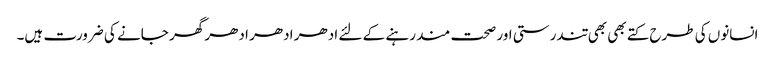
انسانوں کی طرح کتے بھی بھی تندرستی اور صحت مند رہنے کے لئے ادھر ادھر ادھر گھر جانے کی ضرورت ہیں۔